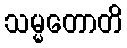
သမ္မတောတိ